Vital statistics of India. Vol. V, Reports of 1876 on armies & jails and on epidemic cholera
Year: 1876
Disease focus: Cholera
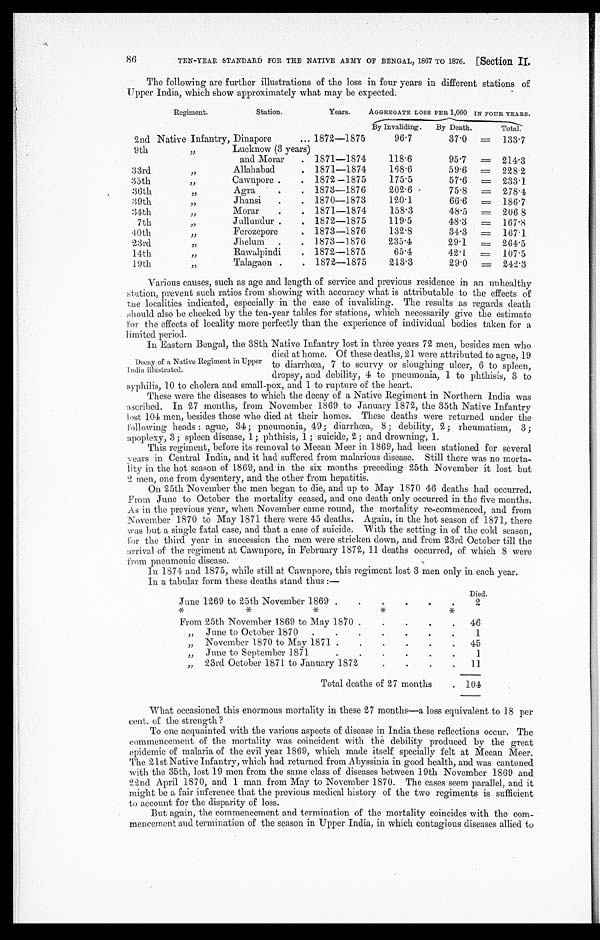
86
TEN-YEAR STANDARD FOR THE NATIVE ARMY OF BENGAL, 1867 TO 1876. [Section II.
The following are further illustrations of the loss in four years in different stations of
Upper India, which show approximately what may be expected.
Regiment.
Station.
Years.
AGGREGATE LOSS PER 1,000 IN FOUR YEARS.
By Invaliding. . By Death.
Total.
2nd Native Infantry, Dinapore
1872-1875
96.7
37.0 = 133.7
9th "
Lucknow (3 years)
and Morar
1871-1874
118.6
95.7 = 214.3
33rd "
Allahabad
1871-1874
168.6
59.6 = 228.2
35th "
Cawnpore
1872–1875
175.5
57.6 = 233.1
36th
Agra
1873-1876
202.6
75.8 = 278.4
39th "
Jhansi
1870-1873
120.1
66.6 = 186.7
34th "
Morar
1871-1874
158.3
48.5 = 206.8
7 t h "
Jullundur
1872-1875
119.5
48.3 = 167.8
40th "
Ferozepore
1873-1876
132.8
34.3
= 167.1
23rd "
Jhelum
1873-1876
235.4
29.1
= 264.5
14th "
Rawalpindi
1872-1875
65.4
42.1
= 107.5
19th "
Talagaon
1872-1875
213.3
29.0 = 242.3
Various causes, such as age and length of service and previous residence in an unhealthy
station, prevent such ratios from showing with accuracy what is attributable to the effects of
the localities indicated, especially in the case of invaliding. The results as regards death
should also be checked by the ten-year tables for stations, which necessarily give the estimate
for the effects of locality more perfectly than the experience of individual bodies taken for a
limited period.
Decay of a Native Regiment in Upper
I n d i a i l l u s t r a t e d .
In Eastern Bengal, the 38th Native Infantry lost in three years 72 men, besides men who
died at home. Of these deaths, 21 were attributed to ague 19
to diarrhœa, 7 to scurvy or sloughing ulcer, 6 to spleen,
dropsy, and debility, 4 to pneumonia, 1 to phthisis, 3 to
syphilis, 10 to cholera and small-pox, and 1 to rupture of the heart.
These were the diseases to which the decay of a Native Regiment in Northern India was
scribed. In 27 months, from November 1869 to January 1872, the 35th Native Infantry
lost 104 men, besides those who died at their homes. These deaths were returned under the
following heads: ague, 34; pneumonia, 49; diarrhœa, 8; debility, 2; rheumatism, 3;
apoplexy, 3; spleen disease, 1; phthisis, 1; suicide, 2; and drowning, 1.
This regiment, before its removal to Meean Meer in 1869, had been stationed for several
years in Central India, and it had suffered from malarious disease. Still there was no morta
- l i t y i n t h e h o t s e a s o n o f 1 8 6 9 , a n d i n t h e s i x m o n t h s p r e c e d i n g 2 5 t h N o v e m b e r i t l o s t b u t
2 men, one from dysentery, and the other from hepatitis.
On 25th November the men began to die, and up to May 1870 46 deaths had occurred.
From June to October the mortality ceased, and one death only occurred in the five months.
As in the previous year, when November came round, the mortality re-commenced, and from
November 1870 to May 1871 there were 45 deaths. Again, in the hot season of 1871, there
was but a single fatal case, and that a case of suicide. With the setting in of the cold season,
for the third year in succession the men were stricken down, and from 23rd October till the
arrival of the regiment at Cawnpore, in February 1872, 11 deaths occurred, of which 8 were
from pneumonic disease.
In 1874 and 1875, while still at Cawnpore, this regiment lost 3 men only in each year.
In a tabular form these deaths stand thus:—
Died.
June 1269 to 25th November 1869
2
-
From 25th November 1869 to May 1870
46
" June to October 1870
1
"
November 1870 to May 1871
45
" J u n e t o S e p t e m b e r 1 8 7 1
1
" 23rd October 1871 to January 1872
11
Total deaths of 27 months
104
What occasioned this enormous mortality in these 27 months-a loss equivalent to 18 per
cent. of the strength?
To one acquainted with the various aspects of disease in India these reflections occur. The
commencement of the mortality was coincident with the debility produced by the great
epidemic of malaria of the evil year 1869, which made itself specially felt at Meean Meer.
The 21st Native Infantry, which had returned from Abyssinia in good health, and was cantoned
with the 35th, lost 19 men from the same class of diseases between 19th November 1869 and
22nd April 1870, and 1 man from May to November 1870. The cases seem parallel, and it
might be a fair inference that the previous medical history of the two regiments is sufficient
to account for the disparity of loss.
But again, the commencement and termination of the mortality coincides with the com-
mencement and termination of the season in Upper India, in which contagious diseases allied to